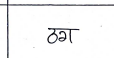
मजकूर: ठग